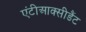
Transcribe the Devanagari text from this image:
एंटीआक्सीडैंट